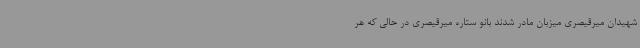
شهیدان میرقیصری میزبان مادر شدند بانو ستاره میرقیصری در حالی که هر